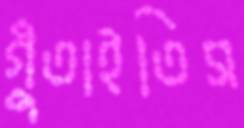
গুঁতাইতিস